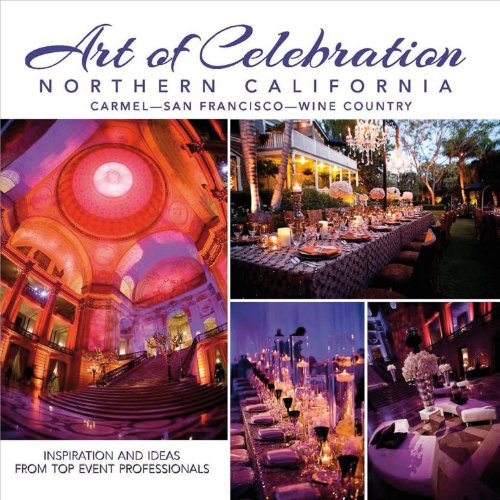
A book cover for Art of Celebration Northern California: Inspiration and Ideas from Top Event Professionals; Crafts, Hobbies & Home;